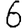
Digit: 6